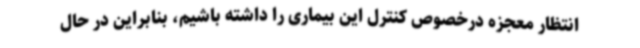
انتظار معجزه درخصوص کنترل این بیماری را داشته باشیم، بنابراین در حال